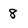
Character: 8